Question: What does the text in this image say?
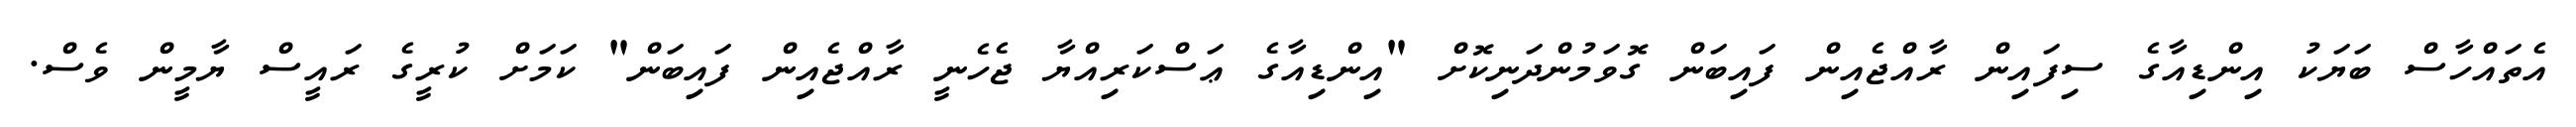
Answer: އެތައްހާސް ބަޔަކު އިންޑިއާގެ ސިފައިން ރާއްޖެއިން ފައިބަން ގޮވަމުންދަނިކޮށް "އިންޑިއާގެ ޢަސްކަރިއްޔާ ޖެހެނީ ރާއްޖެއިން ފައިބަން" ކަމަށް ކުރީގެ ރައީސް ޔާމީން ވެސް.